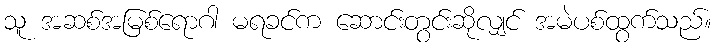
သူ အဆစ်အမြစ်ရောဂါ မရခင်က ဆောင်းတွင်းဆိုလျှင် အမဲပစ်ထွက်သည်။